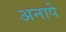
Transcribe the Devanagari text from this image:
अनापे